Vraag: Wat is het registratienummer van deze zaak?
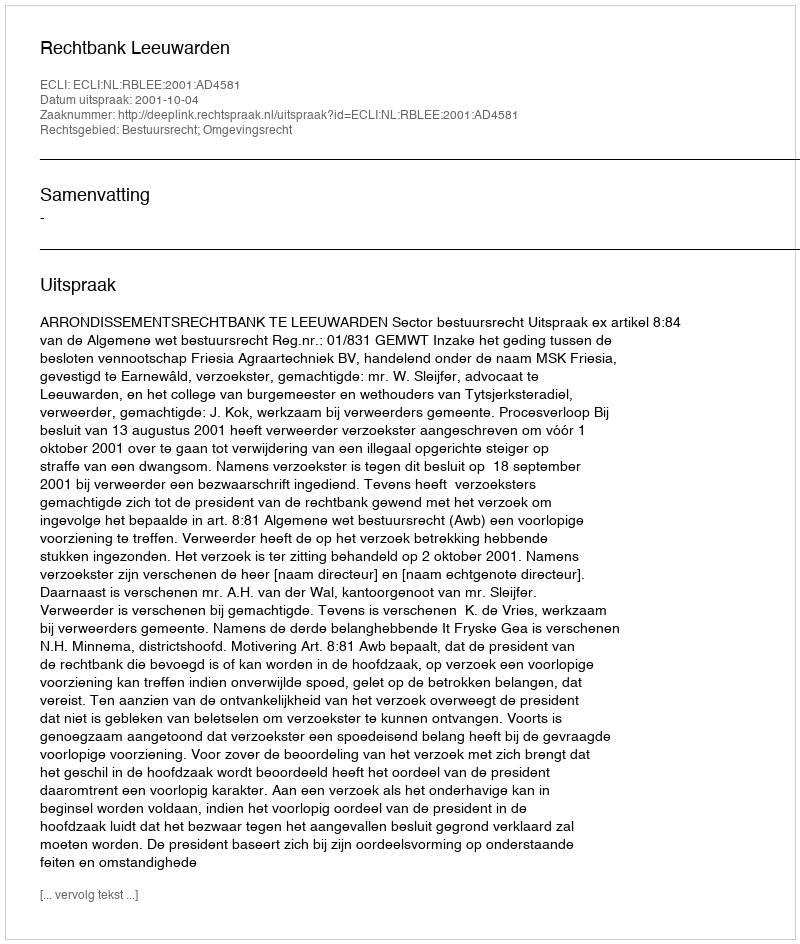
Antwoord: http://deeplink.rechtspraak.nl/uitspraak?id=ECLI:NL:RBLEE:2001:AD4581